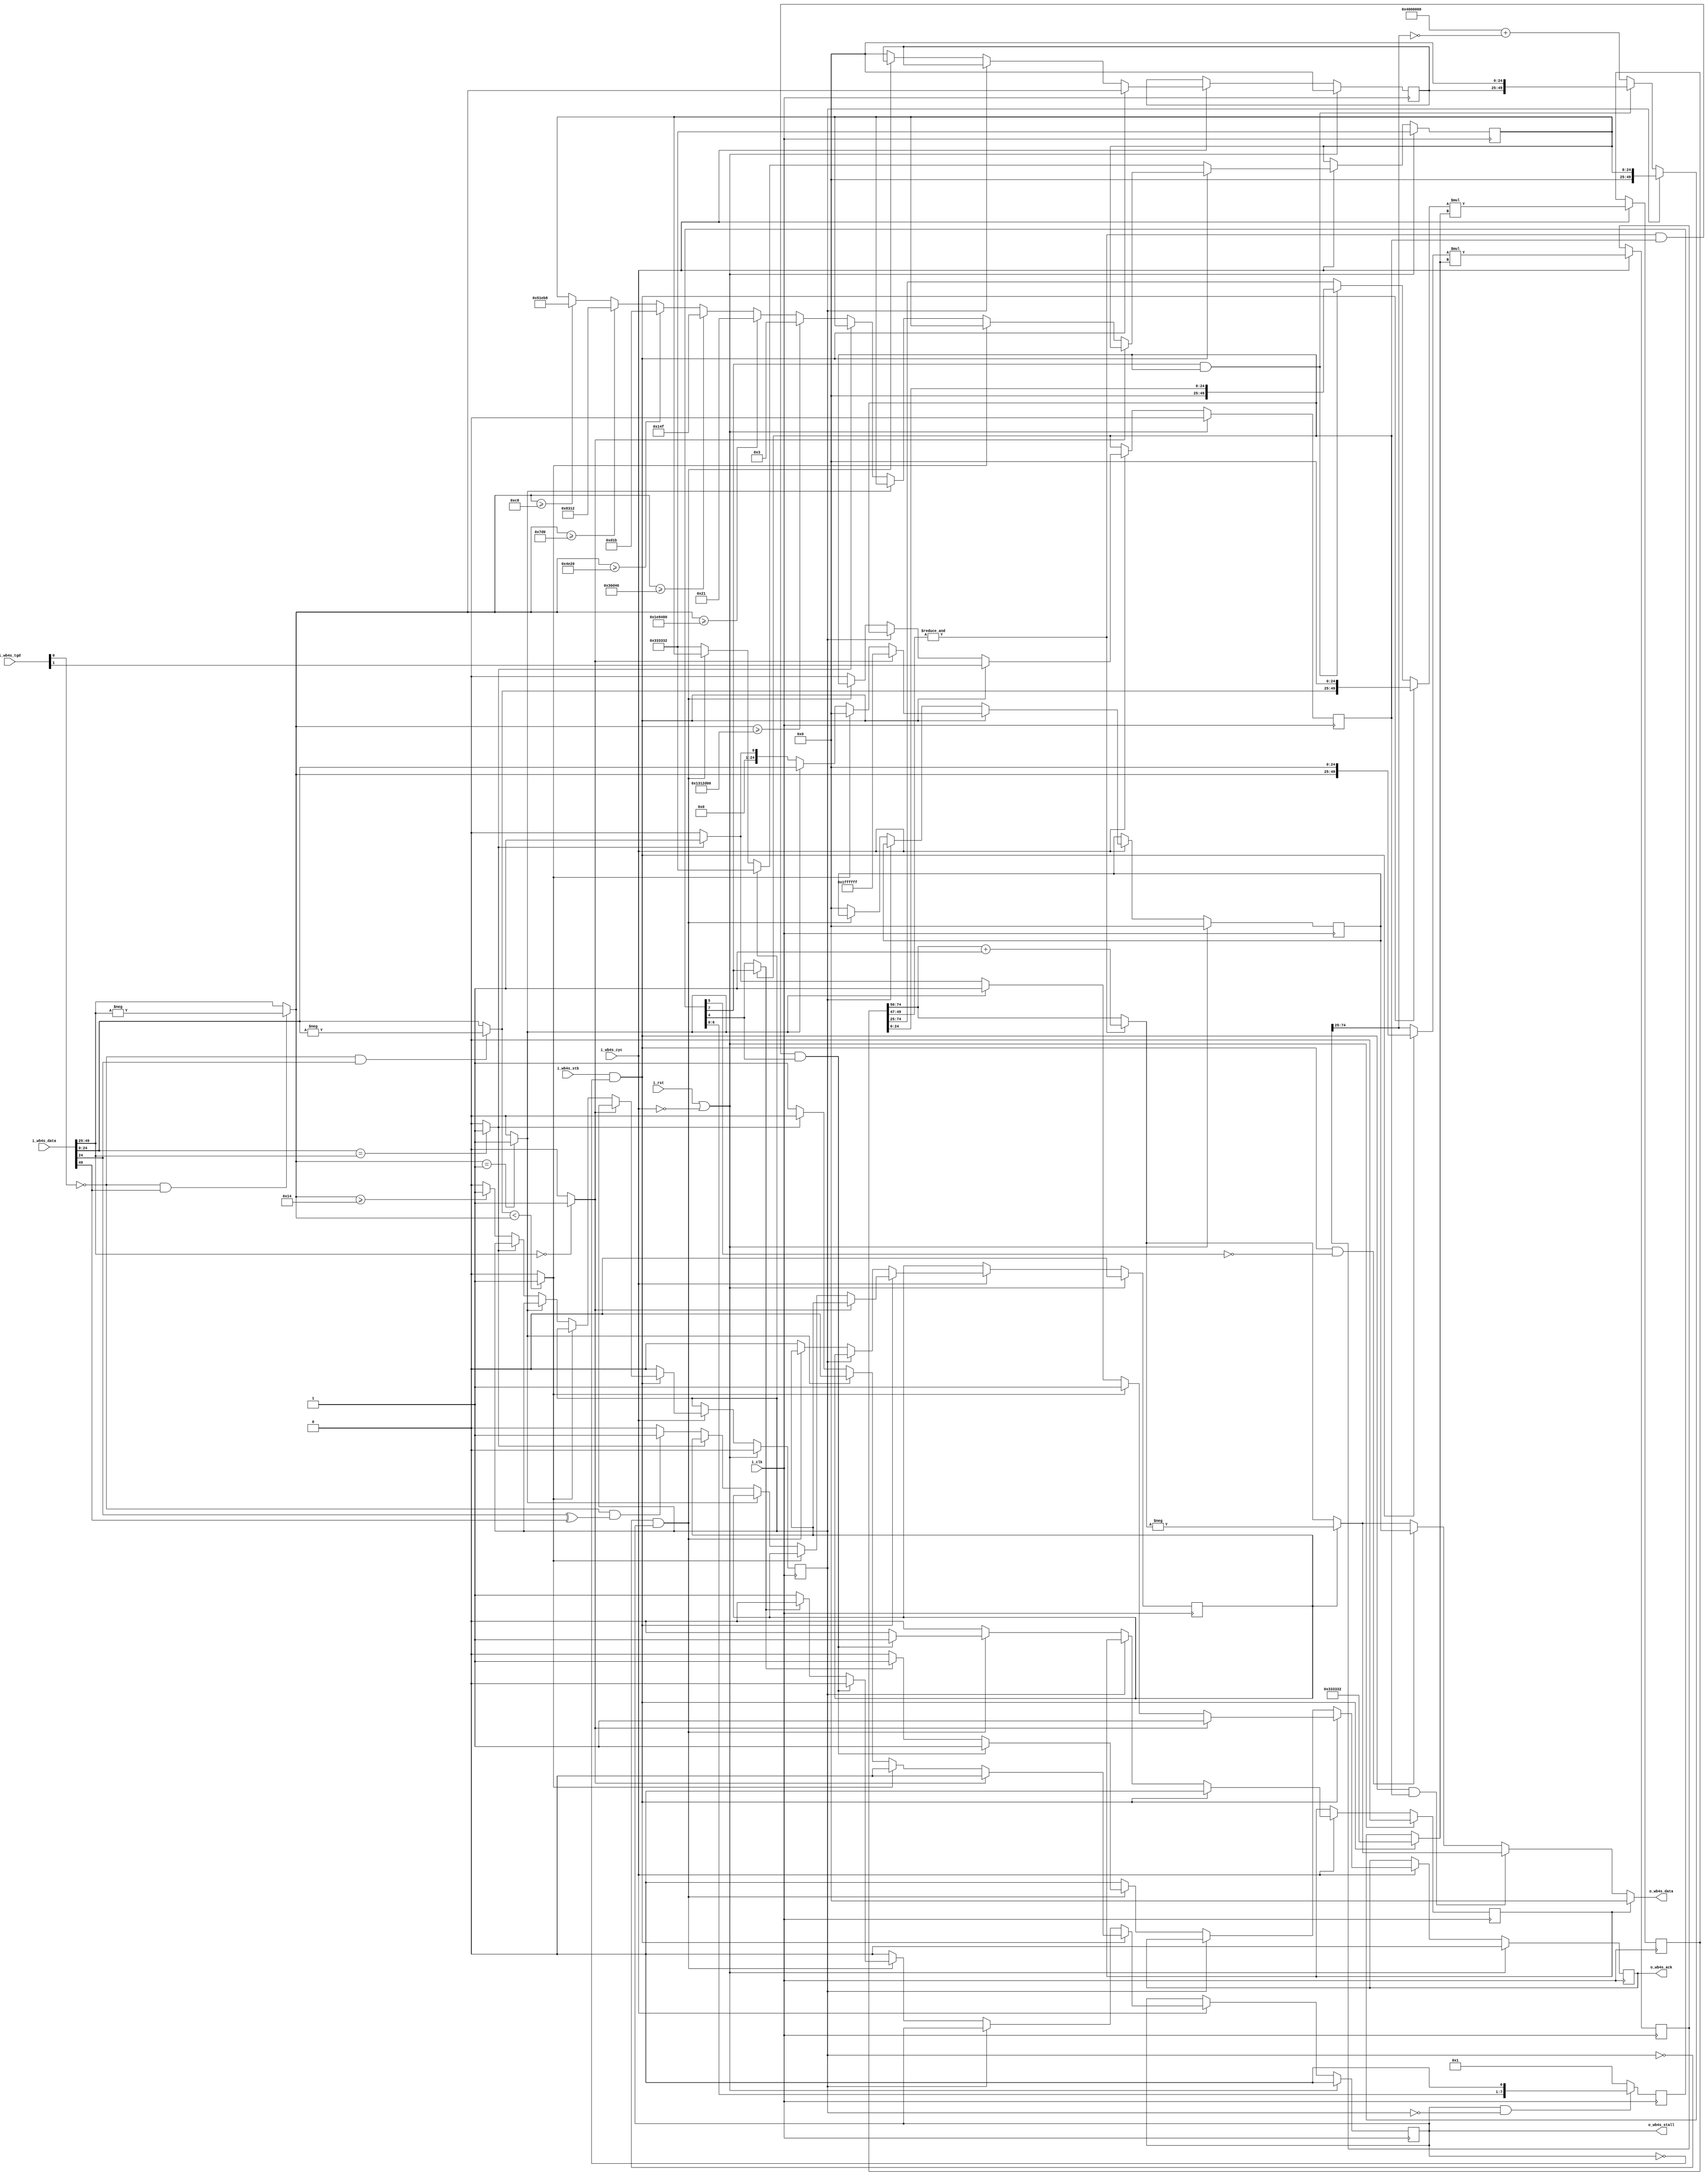
module Goldschmidt_Integer_Divider_Parallel #(
  parameter integer P_GDIV_FACTORS_MSB = 24,                   // The MSB of each division factor.
  parameter integer P_GDIV_FRAC_LENGTH = P_GDIV_FACTORS_MSB+1, // he amount of bits after the fixed point.
  parameter integer P_GDIV_ROUND_LVL   = 3,                    // Bits after fixed point that need to be '1' to round up result.
  parameter integer P_GDIV_RDUC_STP_BY = 0                     // Force a reduction in the amount of steps of the division.
)(
  // Component's clocks and resets
  input i_clk, // clock
  input i_rst, // reset
  // WB4S Pipeline Interface
  input                               i_wb4s_cyc,   // WB cyc, active/abort signal
  input                               i_wb4s_stb,   // WB stb, valid strobe
  input  [(P_GDIV_FACTORS_MSB*2)+1:0] i_wb4s_data,  // WB data, {divisor, dividend}
  input  [1:0]                        i_wb4s_tgd,   // [1] 0=quotient, 1=rem; [0] 0=signed, 1=unsigned
  output                              o_wb4s_stall, // WB stall, not ready
  output                              o_wb4s_ack,   // WB write enable
  output [P_GDIV_FACTORS_MSB:0]       o_wb4s_data   // WB data, result
);

  ///////////////////////////////////////////////////////////////////////////////
  // Assertions Declaration
  //     This is Verilog code and assertions were introduced in SystemVerilog,
  //     therefore we are using an initial statement to catch mis-configurations.
  //     Also Yosys and Verilator can't handle $error() nor $fatal() hence 
  //     defaulted to $display() to provide feedback to the integrator.
  ///////////////////////////////////////////////////////////////////////////////
  initial begin
    if (P_GDIV_FACTORS_MSB < 7)
      $display("\nError-Type : Parameter Out of Range\nError-Msg  : P_GDIV_FACTORS_MSB should be equal or greater than 7. \n");

    if (P_GDIV_FRAC_LENGTH == 0)
      $display("\nError-Type : Parameter Out of Range\nError-Msg  : P_GDIV_FRAC_LENGTH must be greater than 0. \n");

    if (P_GDIV_ROUND_LVL < 1)
      $display("\nError-Type : Parameter Out of Range\nError-Msg  : P_GDIV_ROUND_LVL must be greater than 0. \n");
      
    if (P_GDIV_RDUC_STP_BY < 0 || P_GDIV_RDUC_STP_BY > $rtoi($ceil($sqrt(P_GDIV_FACTORS_MSB+1)))-1)
      $display("\nError-Type : Parameter Out of Range\nError-Msg  : P_GDIV_RDUC_STP_BY is out of range. \n");
  end

  ///////////////////////////////////////////////////////////////////////////////
  // Functions Declaration
  ///////////////////////////////////////////////////////////////////////////////
  ///////////////////////////////////////////////////////////////////////////////
  // Function    : Array Length
  // Description : Calculates the length of the Power of 10 Look Up Table.
  ///////////////////////////////////////////////////////////////////////////////
  function automatic integer F_ARRAY_HIGH (
    input [L_LUT_MSB:0] one_tength
  );
    // This function's variables
    reg [L_LUT_MSB:0] jj;

    begin
      F_ARRAY_HIGH = 0;
      // Count how many values the LookUp Table has.
      for (jj = one_tength; jj > 0; jj = jj/10) begin
        F_ARRAY_HIGH = F_ARRAY_HIGH + 1;
      end
    end
  endfunction // F_ARRAY_HIGH

  ///////////////////////////////////////////////////////////////////////////////
  // Function    : Two * Entered Exponent
  // Description : Calculates 2EE(input)
  ///////////////////////////////////////////////////////////////////////////////
  function automatic [P_GDIV_FACTORS_MSB:0] F_TWO_EE (
    input integer ee
  );
    // This function's variables
    integer kk;

    begin
      // create a constant values of 2E(ee) to compare against a detect home
      // much the decimal point must roll over.
      F_TWO_EE = 20;
      for (kk = 1; kk <= ee; kk = kk+1) begin
        // Each entry is ten times smaller than the previous.
        F_TWO_EE = F_TWO_EE * 10;
      end
    end
  endfunction // F_TWO_EE

  ///////////////////////////////////////////////////////////////////////////////
  // Function    : EE Look Up Table
  // Description : Calculates the length of the Power of 10 Look Up Table.
  ///////////////////////////////////////////////////////////////////////////////
  function automatic [((P_GDIV_FACTORS_MSB+1)*2)-P_GDIV_FRAC_LENGTH-1:0] F_EE_LUT (
    input integer nth_iteration
  );
    // This function's variables
    integer hh;

    begin
      // Fill the LUT wih starting at 0.1 to 10^(-nth_iteration)
      F_EE_LUT = L_ONE_TENGTH;
      for (hh = 1; hh < nth_iteration; hh = hh+1) begin
        // Each entry is ten times smaller than the previous.
        F_EE_LUT = F_EE_LUT / 10;
      end
    end
  endfunction // F_EE_LUT

  ///////////////////////////////////////////////////////////////////////////////
  // Internal Parameters Declaration
  ///////////////////////////////////////////////////////////////////////////////
  // Division Process signals indexing constants
  localparam integer L_MUL_FACTORS_MSB  = (P_GDIV_FACTORS_MSB+1)+P_GDIV_FRAC_LENGTH-1;
  localparam integer L_FACTOR1_LSB      = P_GDIV_FACTORS_MSB+1;
  localparam integer L_FACTOR1_MSB      = (P_GDIV_FACTORS_MSB*2)+1;
  localparam integer L_PRODUCT_MSB      = (P_GDIV_FACTORS_MSB+1)+((P_GDIV_FRAC_LENGTH)*2)-1;
  localparam integer L_STEP_PRODUCT_LSB = P_GDIV_FRAC_LENGTH;
  // LookUp Table Constants
  localparam integer       L_LUT_MSB     = ((P_GDIV_FACTORS_MSB+1)*2)-P_GDIV_FRAC_LENGTH-1;
  localparam integer       L_NINE_NIBLES = ((P_GDIV_FACTORS_MSB+1)/4)-1;
  localparam [L_LUT_MSB:0] L_ONE_TENGTH  = {4'h1, {L_NINE_NIBLES{4'h9}}, {(L_LUT_MSB-((L_NINE_NIBLES*4)+4-1)){1'b0}}};
  localparam integer       L_ARRAY_HIGH  = F_ARRAY_HIGH(L_ONE_TENGTH);
  // Division Process '2' constants
  localparam integer               L_TWOS_LEADING_ZEROS = P_GDIV_FACTORS_MSB-1;
  localparam [L_MUL_FACTORS_MSB:0] L_NUMBER_TWO_EXT     = {{L_TWOS_LEADING_ZEROS{1'b0}}, 2'b10, {P_GDIV_FRAC_LENGTH{1'b0}}};
  // Division Iteration Steps Limits
  localparam integer L_QUO_LIMIT = $rtoi($ceil($sqrt(P_GDIV_FACTORS_MSB+1)))-1-P_GDIV_RDUC_STP_BY;
  localparam integer L_REM_LIMIT = $rtoi($ceil($sqrt((P_GDIV_FACTORS_MSB+1)+(P_GDIV_FRAC_LENGTH))))-1-P_GDIV_RDUC_STP_BY;

  ///////////////////////////////////////////////////////////////////////////////
  // Internal Signals Declarations
  ///////////////////////////////////////////////////////////////////////////////
  // Division Step Process
  reg [L_REM_LIMIT:0] r_div_step;

  // Divider Accumulator signals
  reg                         r_stall;
  reg                         r_ack;
  reg                         r_calc_remainder;
  reg                         r_neg_result;
  reg  [P_GDIV_FACTORS_MSB:0] r_divisor;
  reg  [P_GDIV_FACTORS_MSB:0] r_1step_result;
  reg                         r_gte_twenty;
  wire                        w_converged = 
    r_calc_remainder==1'b1 ? r_div_step[L_REM_LIMIT] : r_div_step[L_QUO_LIMIT];

  // FSM States
  wire s_initiate = i_wb4s_stb & !r_stall;
  wire s_ee_mul   = r_gte_twenty;
  wire s_iterate  = !r_gte_twenty & r_stall;

  // Turn negative to positive is signed division
  wire [P_GDIV_FACTORS_MSB:0] w_dividend = 
    (i_wb4s_tgd[0]==1'b0 && i_wb4s_data[P_GDIV_FACTORS_MSB]==1'b1) ?
      -(i_wb4s_data[P_GDIV_FACTORS_MSB:0]) : i_wb4s_data[P_GDIV_FACTORS_MSB:0];

  wire [P_GDIV_FACTORS_MSB:0] w_divisor  = 
    (i_wb4s_tgd[0]==1'b0 && i_wb4s_data[L_FACTOR1_MSB]==1'b1) ?
      -(i_wb4s_data[L_FACTOR1_MSB:L_FACTOR1_LSB]) : i_wb4s_data[L_FACTOR1_MSB:L_FACTOR1_LSB];

  // Corner Cases
  wire w_less_than          = (w_dividend < w_divisor) ? 1'b1 : 1'b0;
  wire w_divisor_zero       = i_wb4s_data[L_FACTOR1_MSB:L_FACTOR1_LSB]==0 ? 1'b1 : 1'b0;
  wire w_divisor_is_one     = w_divisor ==  1 ? 1'b1 : 1'b0;
  wire w_divisor_is_neg_one = w_divisor == -1 ? 1'b1 : 1'b0;
  wire w_equal_factors      = 
    i_wb4s_data[P_GDIV_FACTORS_MSB:0] == i_wb4s_data[L_FACTOR1_MSB:L_FACTOR1_LSB] ? 1'b1 : 1'b0;

  // Multiplication Process
  reg [L_PRODUCT_MSB:0] r_product0;
  reg [L_PRODUCT_MSB:0] r_product1;

  // Iterative operation signals
  wire [L_MUL_FACTORS_MSB:0] w_divisor_acc = s_initiate==1'b1 ?
      {w_divisor, {P_GDIV_FRAC_LENGTH{1'b0}}} : r_product1[L_PRODUCT_MSB:L_STEP_PRODUCT_LSB];

  wire [L_MUL_FACTORS_MSB:0] w_two_minus_divisor =
    (L_NUMBER_TWO_EXT + ~r_product1[L_PRODUCT_MSB:L_STEP_PRODUCT_LSB]); // 2-divisor

  wire [L_MUL_FACTORS_MSB:0] w_dividend_acc = 
    (s_initiate==1'b1) ? {w_dividend, {P_GDIV_FRAC_LENGTH{1'b0}}} :
    (r_div_step[L_REM_LIMIT]==1'b1 && r_calc_remainder==1'b1) ?
      {{(P_GDIV_FACTORS_MSB+1){1'b0}}, r_product0[L_STEP_PRODUCT_LSB-1 -: P_GDIV_FRAC_LENGTH]} :
      r_product0[L_PRODUCT_MSB:L_STEP_PRODUCT_LSB];

  // LookUp Table signals
  integer               iter;
  reg     [L_LUT_MSB:0] r_lut_value; // The calculation is done in integers

  // Multiplier Select
  wire [L_MUL_FACTORS_MSB:0] w_multiplier = 
    (s_initiate==1'b1) ? {{(P_GDIV_FACTORS_MSB+1){1'b0}}, L_ONE_TENGTH} : // Fixed point adjust for 2^P_GDIV_FACTORS_MSB+1
    (s_ee_mul==1'b1)   ? {{(P_GDIV_FACTORS_MSB+1){1'b0}}, r_lut_value} : // Fixed point adjust
    (r_div_step[L_REM_LIMIT]==1'b1 && r_calc_remainder==1'b1) ?
      {r_divisor, {P_GDIV_FRAC_LENGTH{1'b0}}} : w_two_minus_divisor;

  // Round Up?
  wire w_ceil = &r_product0[(P_GDIV_FRAC_LENGTH*2)-1 -: P_GDIV_ROUND_LVL];

  // Result Select Signals
  reg                         r_rem_zero;
  wire [P_GDIV_FACTORS_MSB:0] w_result_mag = 
    (w_ceil==1'b1) ? (r_product0[L_PRODUCT_MSB -: (P_GDIV_FACTORS_MSB+1)]+1) : 
                      r_product0[L_PRODUCT_MSB -: (P_GDIV_FACTORS_MSB+1)];
  wire [P_GDIV_FACTORS_MSB:0] w_result = 
    (r_rem_zero==1'b1)   ?              0 :
    (s_initiate==1'b1 && r_calc_remainder==1'b1) ? 
      ((r_neg_result==1'b1) ? -w_result_mag : w_result_mag) :
    (s_initiate==1'b1 && r_div_step[L_QUO_LIMIT+1]==1'b0) ? r_1step_result :
    (r_neg_result==1'b1) ?  -w_result_mag : w_result_mag;

  ///////////////////////////////////////////////////////////////////////////////
  //            ********      Architecture Declaration      ********           //
  ///////////////////////////////////////////////////////////////////////////////

  // WB4 Slave Interface ouput wires
  assign o_wb4s_stall = r_stall;

  ///////////////////////////////////////////////////////////////////////////////
  // Process     : Divider Accumulator
  // Description : FSM that controls the pipelined division step. Performs the
  //               step iterations until divisor converges to a value close to
  //               "1".
  ///////////////////////////////////////////////////////////////////////////////
  always @(posedge i_clk) begin : Divider_Accumulator_Process
    if (i_rst == 1'b1 || i_wb4s_cyc == 1'b0) begin
      r_stall          <= 1'b0;
      r_ack            <= 1'b0;
      r_divisor        <= 0;
      r_1step_result   <= 0;
      r_lut_value      <= L_ONE_TENGTH;
      r_gte_twenty     <= 1'b0;
      r_calc_remainder <= 1'b0;
      r_neg_result     <= 1'b0;
      r_rem_zero       <= 1'b0;
    end
    else if (i_wb4s_cyc == 1'b1) begin
      casez (1'b1)
        s_initiate : begin
          // Start division. Look for any special case that can be done
          // without the iterative process, else perform Goldschmidt division.
          casez(1'b1)
            w_divisor_zero : begin
              // If either is zero return zero
              r_1step_result <= -1;
              r_stall        <= 1'b0;
              r_ack          <= 1'b1;
            end
            w_less_than : begin
              // If either is zero return zero
              r_1step_result <= 0;
              r_stall        <= 1'b0;
              r_ack          <= 1'b1;
            end
            w_divisor_is_one : begin
              // if divisor is 1 return numerator
              r_1step_result <= i_wb4s_data[P_GDIV_FACTORS_MSB:0];
              r_stall        <= 1'b0;
              r_ack          <= 1'b1;
            end
            w_divisor_is_neg_one : begin
              // if divisor is -1 return -1*numerator
              r_1step_result <= -($signed(i_wb4s_data[P_GDIV_FACTORS_MSB:0]));
              r_stall        <= 1'b0;
              r_ack          <= 1'b1;
            end
            w_equal_factors : begin
              // if equal return 1 for quotient and zero for remainder
              r_1step_result <= 1;
              r_stall        <= 1'b0;
              r_ack          <= 1'b1;
            end
            default : begin
              // Shift the decimal point in the divisor.
              if (i_wb4s_tgd[0] == 1'b0 && (
                i_wb4s_data[P_GDIV_FACTORS_MSB]==1'b1 ^ i_wb4s_data[L_FACTOR1_MSB]==1'b1)) begin
                // If performing signed division and the result should be negative.
                r_neg_result <= 1'b1;
              end
              else begin
                //
                r_neg_result <= 1'b0;
              end
              //
              for (iter = 2; iter <= L_ARRAY_HIGH; iter = iter+1) begin
                if (w_divisor >= F_TWO_EE(iter-1)) begin
                   r_lut_value <= F_EE_LUT(iter);
                end
              end
              r_gte_twenty   <= (w_divisor >= 20) ? 1'b1 : 1'b0; // if the divisor is greater than or equal 20 then need a second round to adjust.
              r_1step_result <= 0;
              r_stall        <= 1'b1;
              r_ack          <= 1'b0;
            end
          endcase
          r_calc_remainder <= i_wb4s_tgd[1];
          r_divisor        <= w_divisor;
          r_rem_zero       <= 1'b0;
        end
        s_ee_mul : begin
          r_gte_twenty <= 1'b0;
          r_lut_value  <= L_ONE_TENGTH;
        end
        s_iterate : begin
          // Iterate until the divisor converges towards 1
          if (w_ceil == 1'b1 && r_calc_remainder == 1'b1 && r_div_step[L_QUO_LIMIT] == 1'b1) begin     
            r_rem_zero <= 1'b1;
            r_stall    <= 1'b0;
            r_ack      <= 1'b1;
          end
          else if (w_converged == 1'b1) begin     
            r_rem_zero <= 1'b0;
            r_stall    <= 1'b0;
            r_ack      <= 1'b1;
          end
          else begin
	          //
            r_rem_zero <= 1'b0;
            r_stall    <= 1'b1;
            r_ack      <= 1'b0;
          end
        end
        default : begin
          r_divisor        <= 0;
          r_1step_result   <= 0;
          r_calc_remainder <= 1'b0;
          r_neg_result     <= 1'b0;
          r_stall          <= 1'b0;
          r_ack            <= 1'b0;
          r_rem_zero       <= 1'b0;
          r_gte_twenty     <= 1'b0;
          r_lut_value      <= L_ONE_TENGTH;
        end
      endcase
    end
  end // Divider_Accumulator_Process

  // WB4 Master Write Interface wires
  assign o_wb4s_ack  = r_ack;
  assign o_wb4s_data = w_result;

  /////////////////////////////////////////////////////////////////////////////
  // Process     : Division Step Process
  // Description : Shifts in a '1' for every step of the division. This is used
  //               to track the convergance for the quotient and remainder.
  /////////////////////////////////////////////////////////////////////////////
  always @(posedge i_clk) begin : Division_Step_Process
    if (r_stall == 1'b1 && s_ee_mul == 1'b0) begin
      // In the itrative steps, push 1s in to detect when the compile time 
      // determined convergence occurs.
      r_div_step <= r_div_step << 1;
    end
    else begin
      // Stall is asserted when the FSM enters the iterative states,
      // Hence when not stalling ready the signal.
      r_div_step <= 1;
    end
  end // Division_Step_Process

  /////////////////////////////////////////////////////////////////////////////
  // Process     : Dividen Multiplication Process
  // Description : This is a generic code, generally inferred as a DSPs block
  //               by modern synthesis tools.
  /////////////////////////////////////////////////////////////////////////////
  always @(posedge i_clk) begin : Dividen_Multiplication_Process
    if (i_wb4s_cyc == 1'b1) begin
      // Multiply during active cycle
      r_product0 <= w_dividend_acc * w_multiplier;
    end
  end // Dividen_Multiplication_Process

  /////////////////////////////////////////////////////////////////////////////
  // Process     : Divisor Multiplication Process
  // Description : This is a generic code, generally inferred as a DSPs block
  //               by modern synthesis tools.
  /////////////////////////////////////////////////////////////////////////////
  always @(posedge i_clk) begin : Divisor_Multiplication_Process
    if (i_wb4s_cyc == 1'b1) begin
      // Multiply during active cycle
      r_product1 <= w_divisor_acc * w_multiplier;
    end
  end // Divisor_Multiplication_Process
endmodule